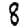
Digit: 8